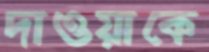
দাওয়াকে